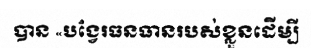
បាន «បង្វែរធនធានរបស់ខ្លួនដើម្បី